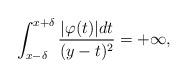
LaTeX: \begin{align*}\int_{x-\delta}^{x+\delta}\frac{\vert \varphi(t)\vert dt}{(y-t)^2}=+\infty,\end{align*}